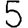
Digit: 5